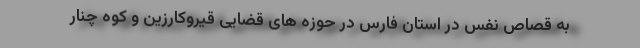
به قصاص نفس در استان فارس در حوزه های قضایی قیروکارزین و کوه چنار